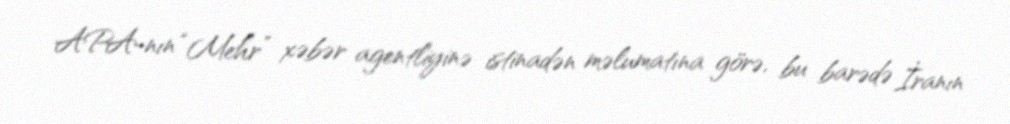
APA-nın “Mehr” xəbər agentliyinə istinadən məlumatına görə, bu barədə İranın